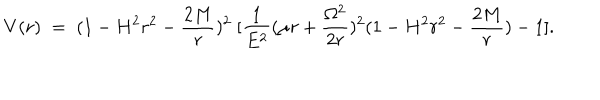
V ( r ) \; = \; ( 1 - H ^ { 2 } r ^ { 2 } - \frac { 2 M } { r } ) ^ { 2 } \; [ \frac { 1 } { E ^ { 2 } } ( \mu r + \frac { \Omega ^ { 2 } } { 2 r } ) ^ { 2 } ( 1 - H ^ { 2 } r ^ { 2 } - \frac { 2 M } { r } ) - 1 ] .